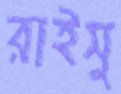
রাইসু